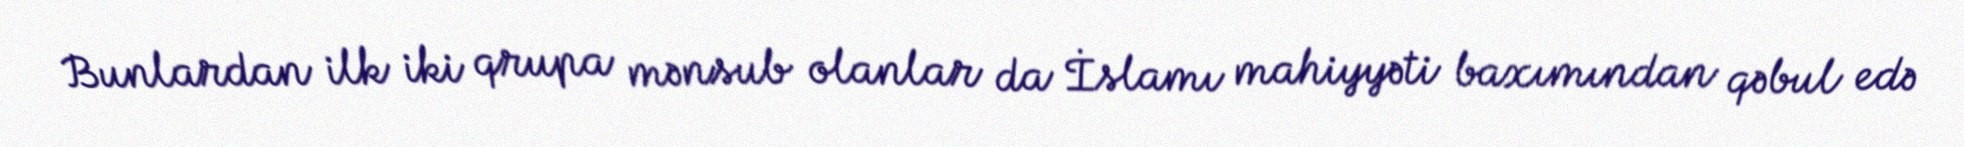
Bunlardan ilk iki qrupa mənsub olanlar da İslamı mahiyyəti baxımından qəbul edə